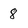
Character: 8